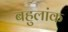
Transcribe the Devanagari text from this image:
बहुलांक